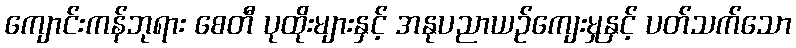
ကျောင်းကန်ဘုရား စေတီ ပုထိုးများနှင့် အနုပညာယဉ်ကျေးမှုနှင့် ပတ်သက်သော